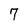
Character: 7